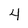
Character: 4